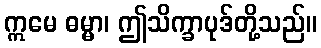
ဣမေ ဓမ္မာ၊ ဤသိက္ခာပုဒ်တို့သည်။